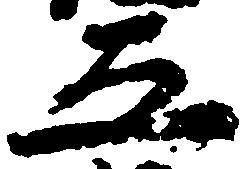
五